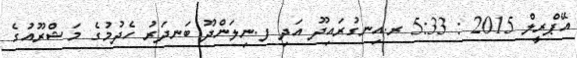
އޭޕްރީލް 2015 : 5:33 ރ.އިނގުރައިދޫ އަދި ފ.ނިލަންދޫ ބަނދަރު ހެދުމުގެ މަޝްރޫއުގެ